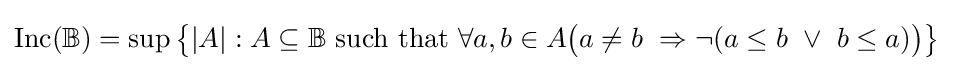
{\rm {Inc}}({\mathbb {B} })=\sup {\big \{}|A|:A\subseteq \mathbb {B} {\text{ such that }}\forall a,b\in A{\big (}a\neq b\ \Rightarrow \neg (a\leq b\ \vee \ b\leq a){\big )}{\big \}}